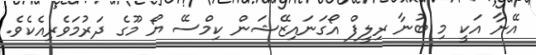
އޭނާ އަކީ މި ބުނާ ރިލީފް އޯގަނައިޒޭޝަން ކިމްސޭ ޔޯ މޫގެ ދަރުމަވެރިއެކެވެ.